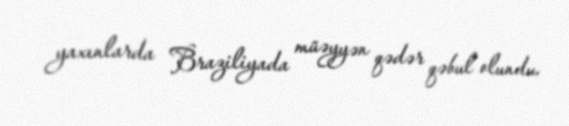
yaxınlarda Braziliyada müəyyən qədər qəbul olundu.